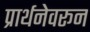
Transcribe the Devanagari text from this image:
प्रार्थनेवरून